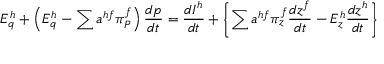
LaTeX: E _ { q } ^ { h } + \left( E _ { q } ^ { h } - \sum a ^ { h f } \pi _ { P } ^ { f } \right) { \frac { d p } { d t } } = { \frac { d I ^ { h } } { d t } } + \left\{ \sum a ^ { h f } \pi _ { z } ^ { f } { \frac { d z ^ { f } } { d t } } - E _ { z } ^ { h } { \frac { d z ^ { h } } { d t } } \right\}